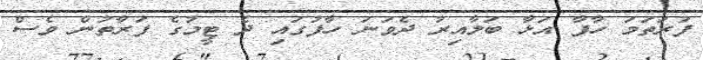
ފުރަތަމަ ހާފާ އަޅާ ބަލާއިރު ދެވަނަ ހާފުގައި ދެ ޓީމުގެ ފަރާތުން ވެސް